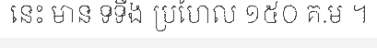
នេះ មាន ទទឹង ប្រហែល ១៥០ គ.ម ។